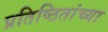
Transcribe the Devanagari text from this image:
प्रतिष्ठितांच्या